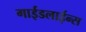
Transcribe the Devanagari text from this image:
गाईडलाईन्स